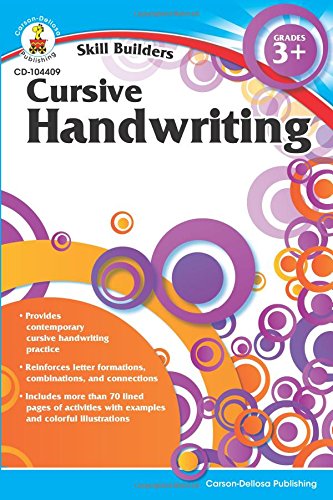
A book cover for Cursive Handwriting, Grades 3 - 5 (Skill Builders); Children's Books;